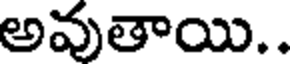
అవుతాయి..